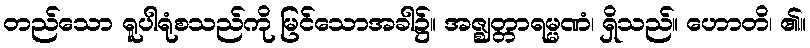
တည်သော ရူပါရုံစသည်ကို မြင်သောအခါ၌။ အဇ္ဈတ္တာရမ္မဏံ၊ ရှိသည်။ ဟောတိ၊ ၏။